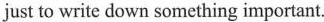
just to write down something important.